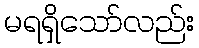
မရရှိသော်လည်း